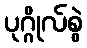
ပုဂ္ဂိုလ်စွဲ